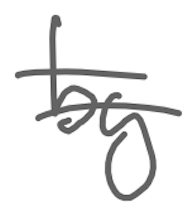
Text: by
Cross-out: double-line
Writing tool: digital_gray